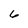
Character: 6